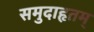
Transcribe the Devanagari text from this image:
समुदाहृतम्